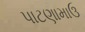
પાટણામાઉ